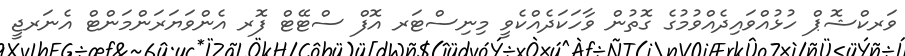
ވަރކްޝޮޕް ހުޅުއްވައިދެއްވުމުގެ ގޮތުން ވާހަކަދެއްކެވީ މިނިސްޓަރ އޮފް ސްޓޭޓް ފޮރ އެންވަޔަރަންމަންޓް އެނަރޖީ